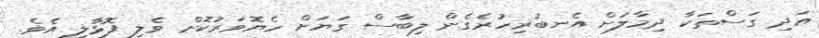
އަދި ގަސްތަކާ ދިމާލަށް އެނބުރިހުރެގެން ލިބާސް ގަޔަށް ހެޔޮވަރުކޮށް ވެލި ފޮޅާލި އެވެ.